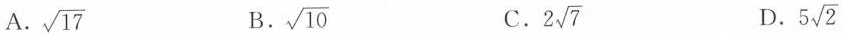
A. \sqrt{17} B. \sqrt{10} C. 2 \sqrt{7} D. 5 \sqrt{2}